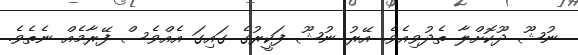
ނުޝޫ ދޫކޮށްލާ ތެދުވިއެވެ. އޭރު ނުޝޫ ފަކީރުގެ ގައިގަ އެއްވެސް ފޭރާމެއް ނެތެވެ.